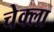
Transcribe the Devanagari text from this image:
चेक्ला